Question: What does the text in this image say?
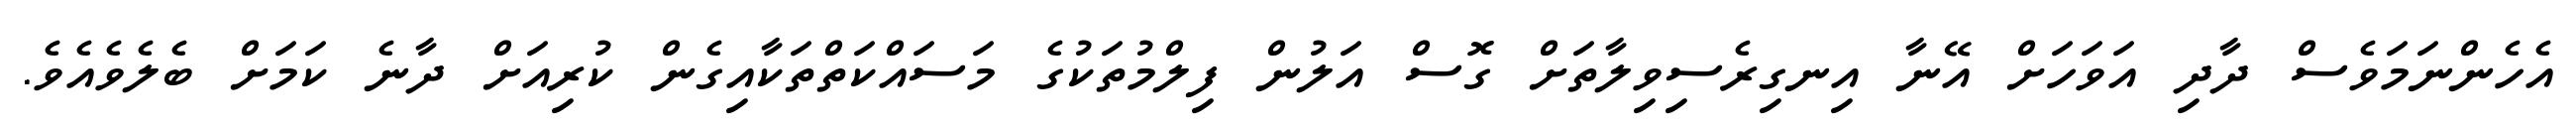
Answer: އެހެންނަމަވެސް ދާދި އަވަހަށް އޭނާ އިނގިރެސިވިލާތަށް ގޮސް އަލުން ފިލްމުތަކުގެ މަސައްކަތްތަކާއިގެން ކުރިއަށް ދާނެ ކަމަށް ބެލެވެއެވެ.